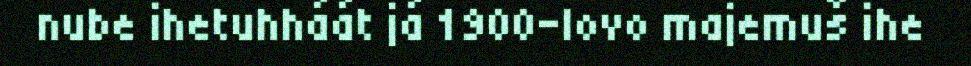
nube ihetuhháát já 1900-lovo majemuš ihe